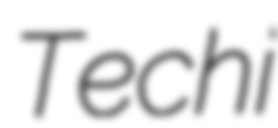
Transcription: Techi